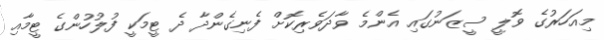
މިއަހަރުގެ ވޮލީ ސީޒަނުގައި އެންމެ ވާދަވެރިކޮށް ފެނިގެންދާ ދެ ޓީމަކީ ފުލުހުންގެ ޓީމާއި